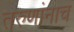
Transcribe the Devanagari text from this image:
तरुणांनाच